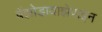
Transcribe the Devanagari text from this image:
बेंझोडायाझेपाइन